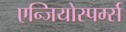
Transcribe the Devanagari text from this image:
एन्जियोस्पर्म्स